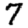
Digit: 7